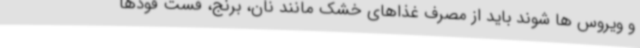
و ویروس ها شوند باید از مصرف غذاهای خشک مانند نان، برنج، فست فودها